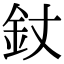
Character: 𨥅